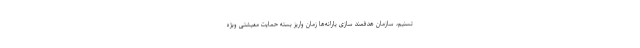
تسنیم، سازمان هدفمند سازی یارانه‌ها زمان واریز بسته حمایت معیشتی ویژه